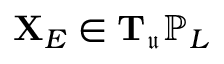
\mathbf { X } _ { E } \in \mathbf { T } _ { \mathfrak { u } } \mathbb { P } _ { L }